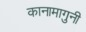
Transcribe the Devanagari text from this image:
कानामागुनी